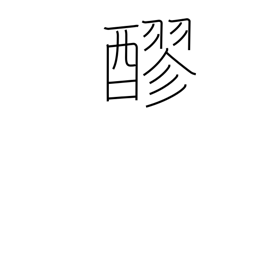
Meaning: unrefined sake or shoyu